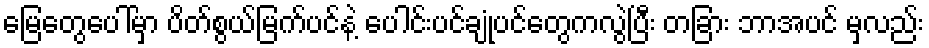
မြေတွေပေါ်မှာ ပိတ်စွယ်မြက်ပင်နဲ့ ပေါင်းပင်ချုံပင်တွေကလွဲပြီး တခြား ဘာအပင် မှလည်း